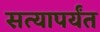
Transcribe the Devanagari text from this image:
सत्यापर्यंत